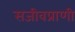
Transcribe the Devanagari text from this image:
सजीवप्राणी